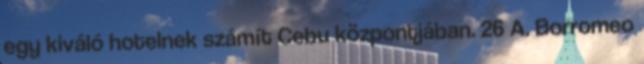
egy kiváló hotelnek számít Cebu központjában. 26 A. Borromeo